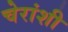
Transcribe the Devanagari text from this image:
चेरांशी